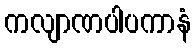
ကလျာဏပါပကာနံ